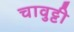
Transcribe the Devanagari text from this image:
चावुट्टी